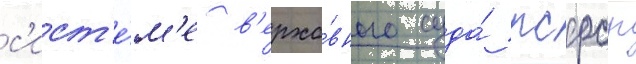
с'ист'е́м'е в'ерхо́вного суда́ рсфср